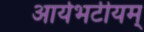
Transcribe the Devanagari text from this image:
आर्यभटीयम्‌